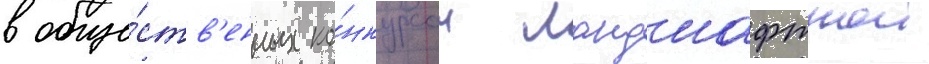
в обще́ств'енных ко́нкурсах ландшафтнои